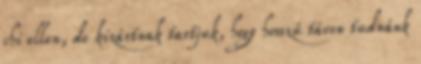
chi ellen, de kizártnak tartjuk, hogy hosszú távon tudnánk